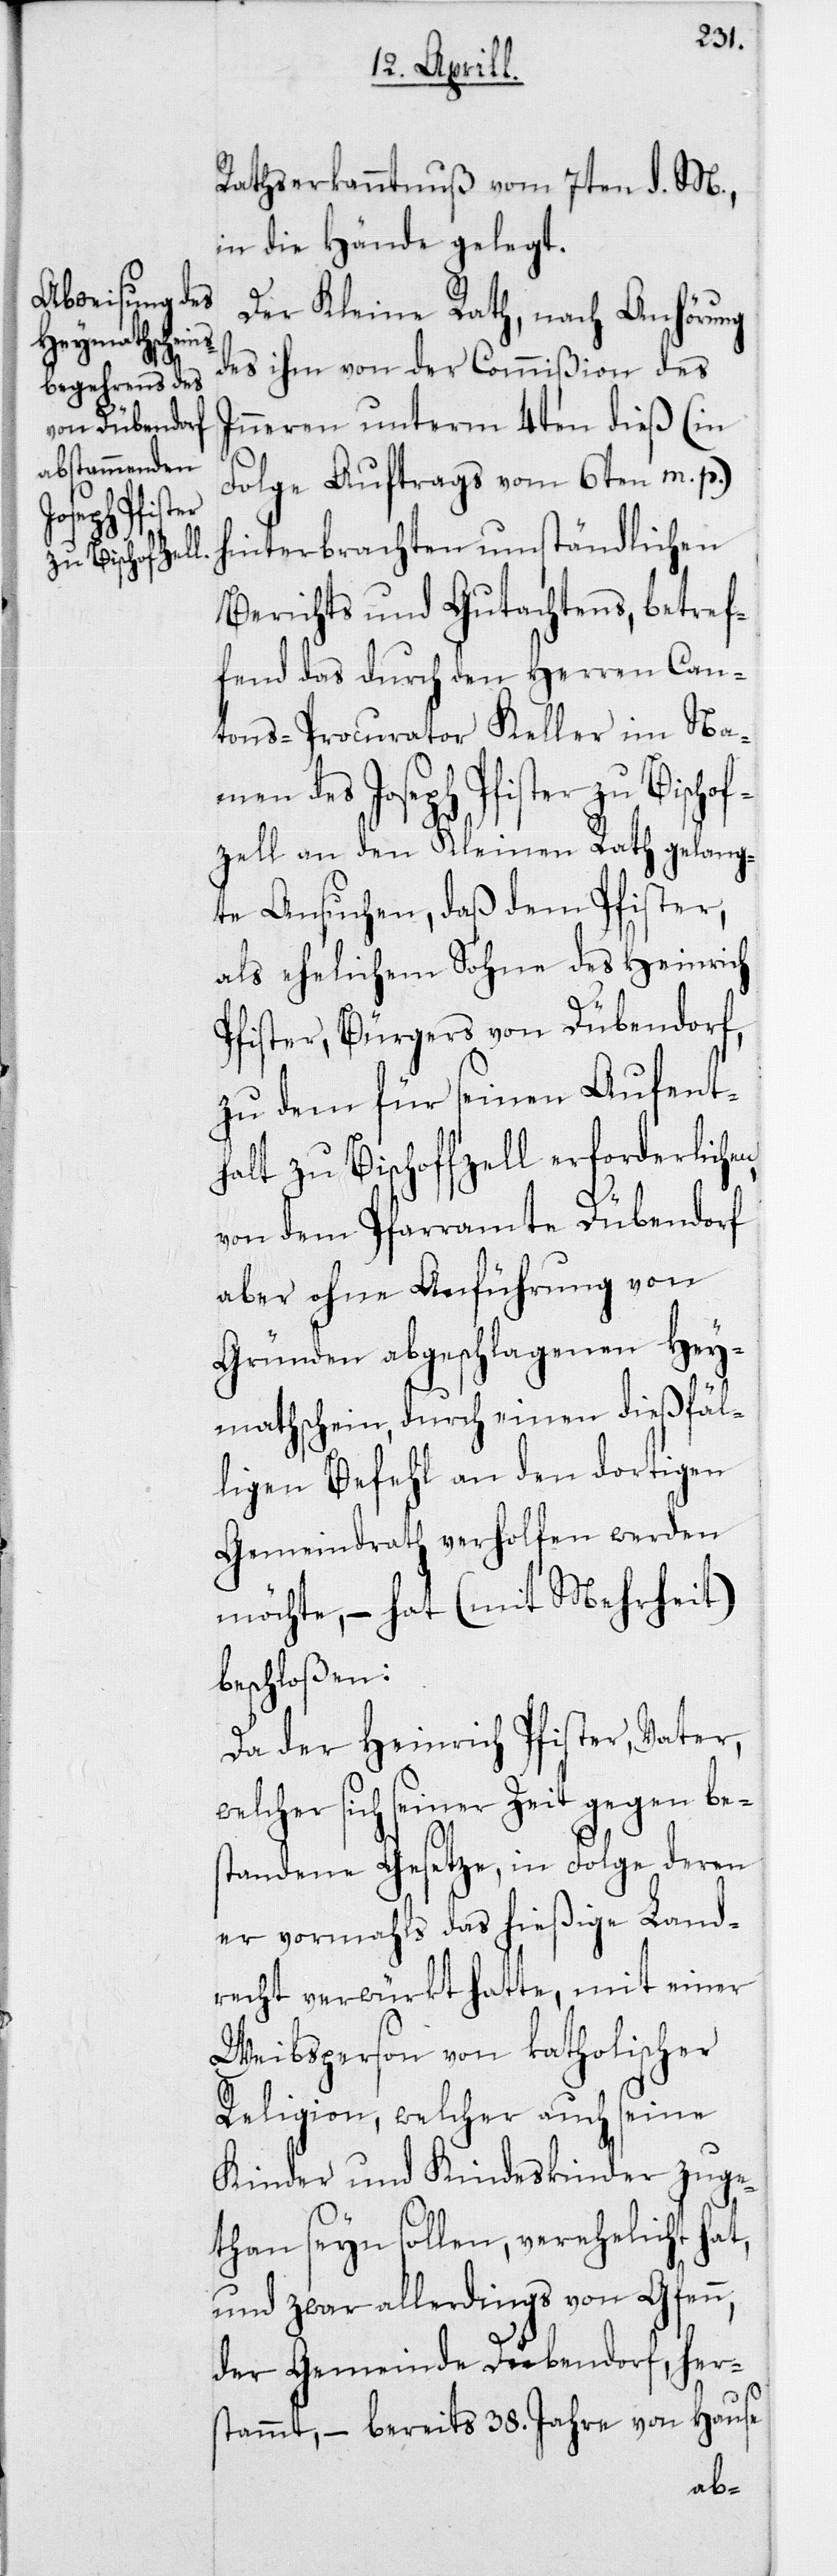
Rathserkanntnuß vom 7ten d. M.
in die Hände gelegt.
Der Kleine Rath, nach Anhörung
des ihm von der Commißion des
Inneren unterm 4ten dieß (in
Folge Auftrags vom 6ten m. p.)
hinterbrachten umständlichen
Berichts und Gutachtens, betref¬
fend das durch den Herren Can¬
tons-Procurator Keller im Na¬
men des Joseph Pfister zu Bischof¬
zell an den Kleinen Rath gelang¬
te Ansuchen, daß dem Pfister,
als ehelichem Sohne des Heinrich
Pfister, Bürgers von Dübendorf,
zu dem für seinen Aufent¬
halt zu Bischoffzell erforderlichen,
von dem Pfarramte Dübendorf
aber ohne Anführung von
Gründen abgeschlagenen Hey¬
mathschein, durch einen dießfäl¬
ligen Befehl an den dortigen
Gemeindrath verholfen werden
möchte, – hat (mit Mehrheit)
beschloßen:
Da der Heinrich Pfister, Vater,
welcher sich seiner Zeit gegen be¬
standene Gesetze, in Folge deren
er vormahls das hießige Land¬
recht verwürkt hatte, mit einer
Weibsperson von katholischer
Religion, welcher auch seine
Kinder und Kindeskinder zuge¬
than seyn sollen, verehelicht hat,
und zwar allerdings von Gfenn,
der Gemeinde Dübendorf, hers¬
tammt, – bereits 38. Jahre von Hause